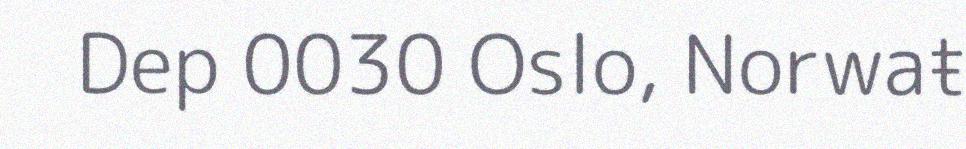
Dep 0030 Oslo, Norwaŧ